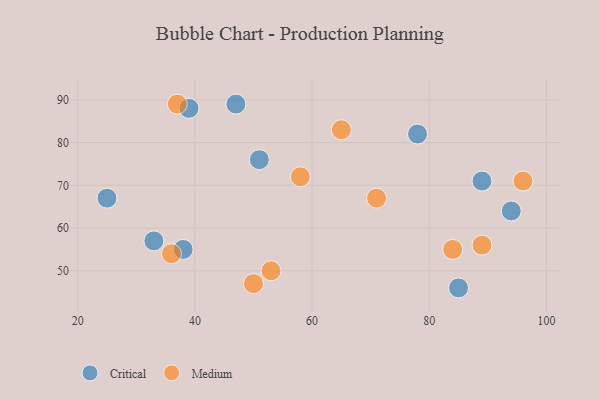
{"axis": {"x": "GDP", "y": "Life Expectancy"}, "legend": ["Critical", "Medium"], "data": [{"x": "39", "y": 88, "type": "Critical"}, {"x": "94", "y": 64, "type": "Critical"}, {"x": "38", "y": 55, "type": "Critical"}, {"x": "85", "y": 46, "type": "Critical"}, {"x": "25", "y": 67, "type": "Critical"}, {"x": "33", "y": 57, "type": "Critical"}, {"x": "51", "y": 76, "type": "Critical"}, {"x": "89", "y": 71, "type": "Critical"}, {"x": "78", "y": 82, "type": "Critical"}, {"x": "47", "y": 89, "type": "Critical"}, {"x": "50", "y": 47, "type": "Medium"}, {"x": "37", "y": 89, "type": "Medium"}, {"x": "36", "y": 54, "type": "Medium"}, {"x": "89", "y": 56, "type": "Medium"}, {"x": "96", "y": 71, "type": "Medium"}, {"x": "65", "y": 83, "type": "Medium"}, {"x": "58", "y": 72, "type": "Medium"}, {"x": "53", "y": 50, "type": "Medium"}, {"x": "84", "y": 55, "type": "Medium"}, {"x": "71", "y": 67, "type": "Medium"}]}